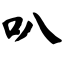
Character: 叭